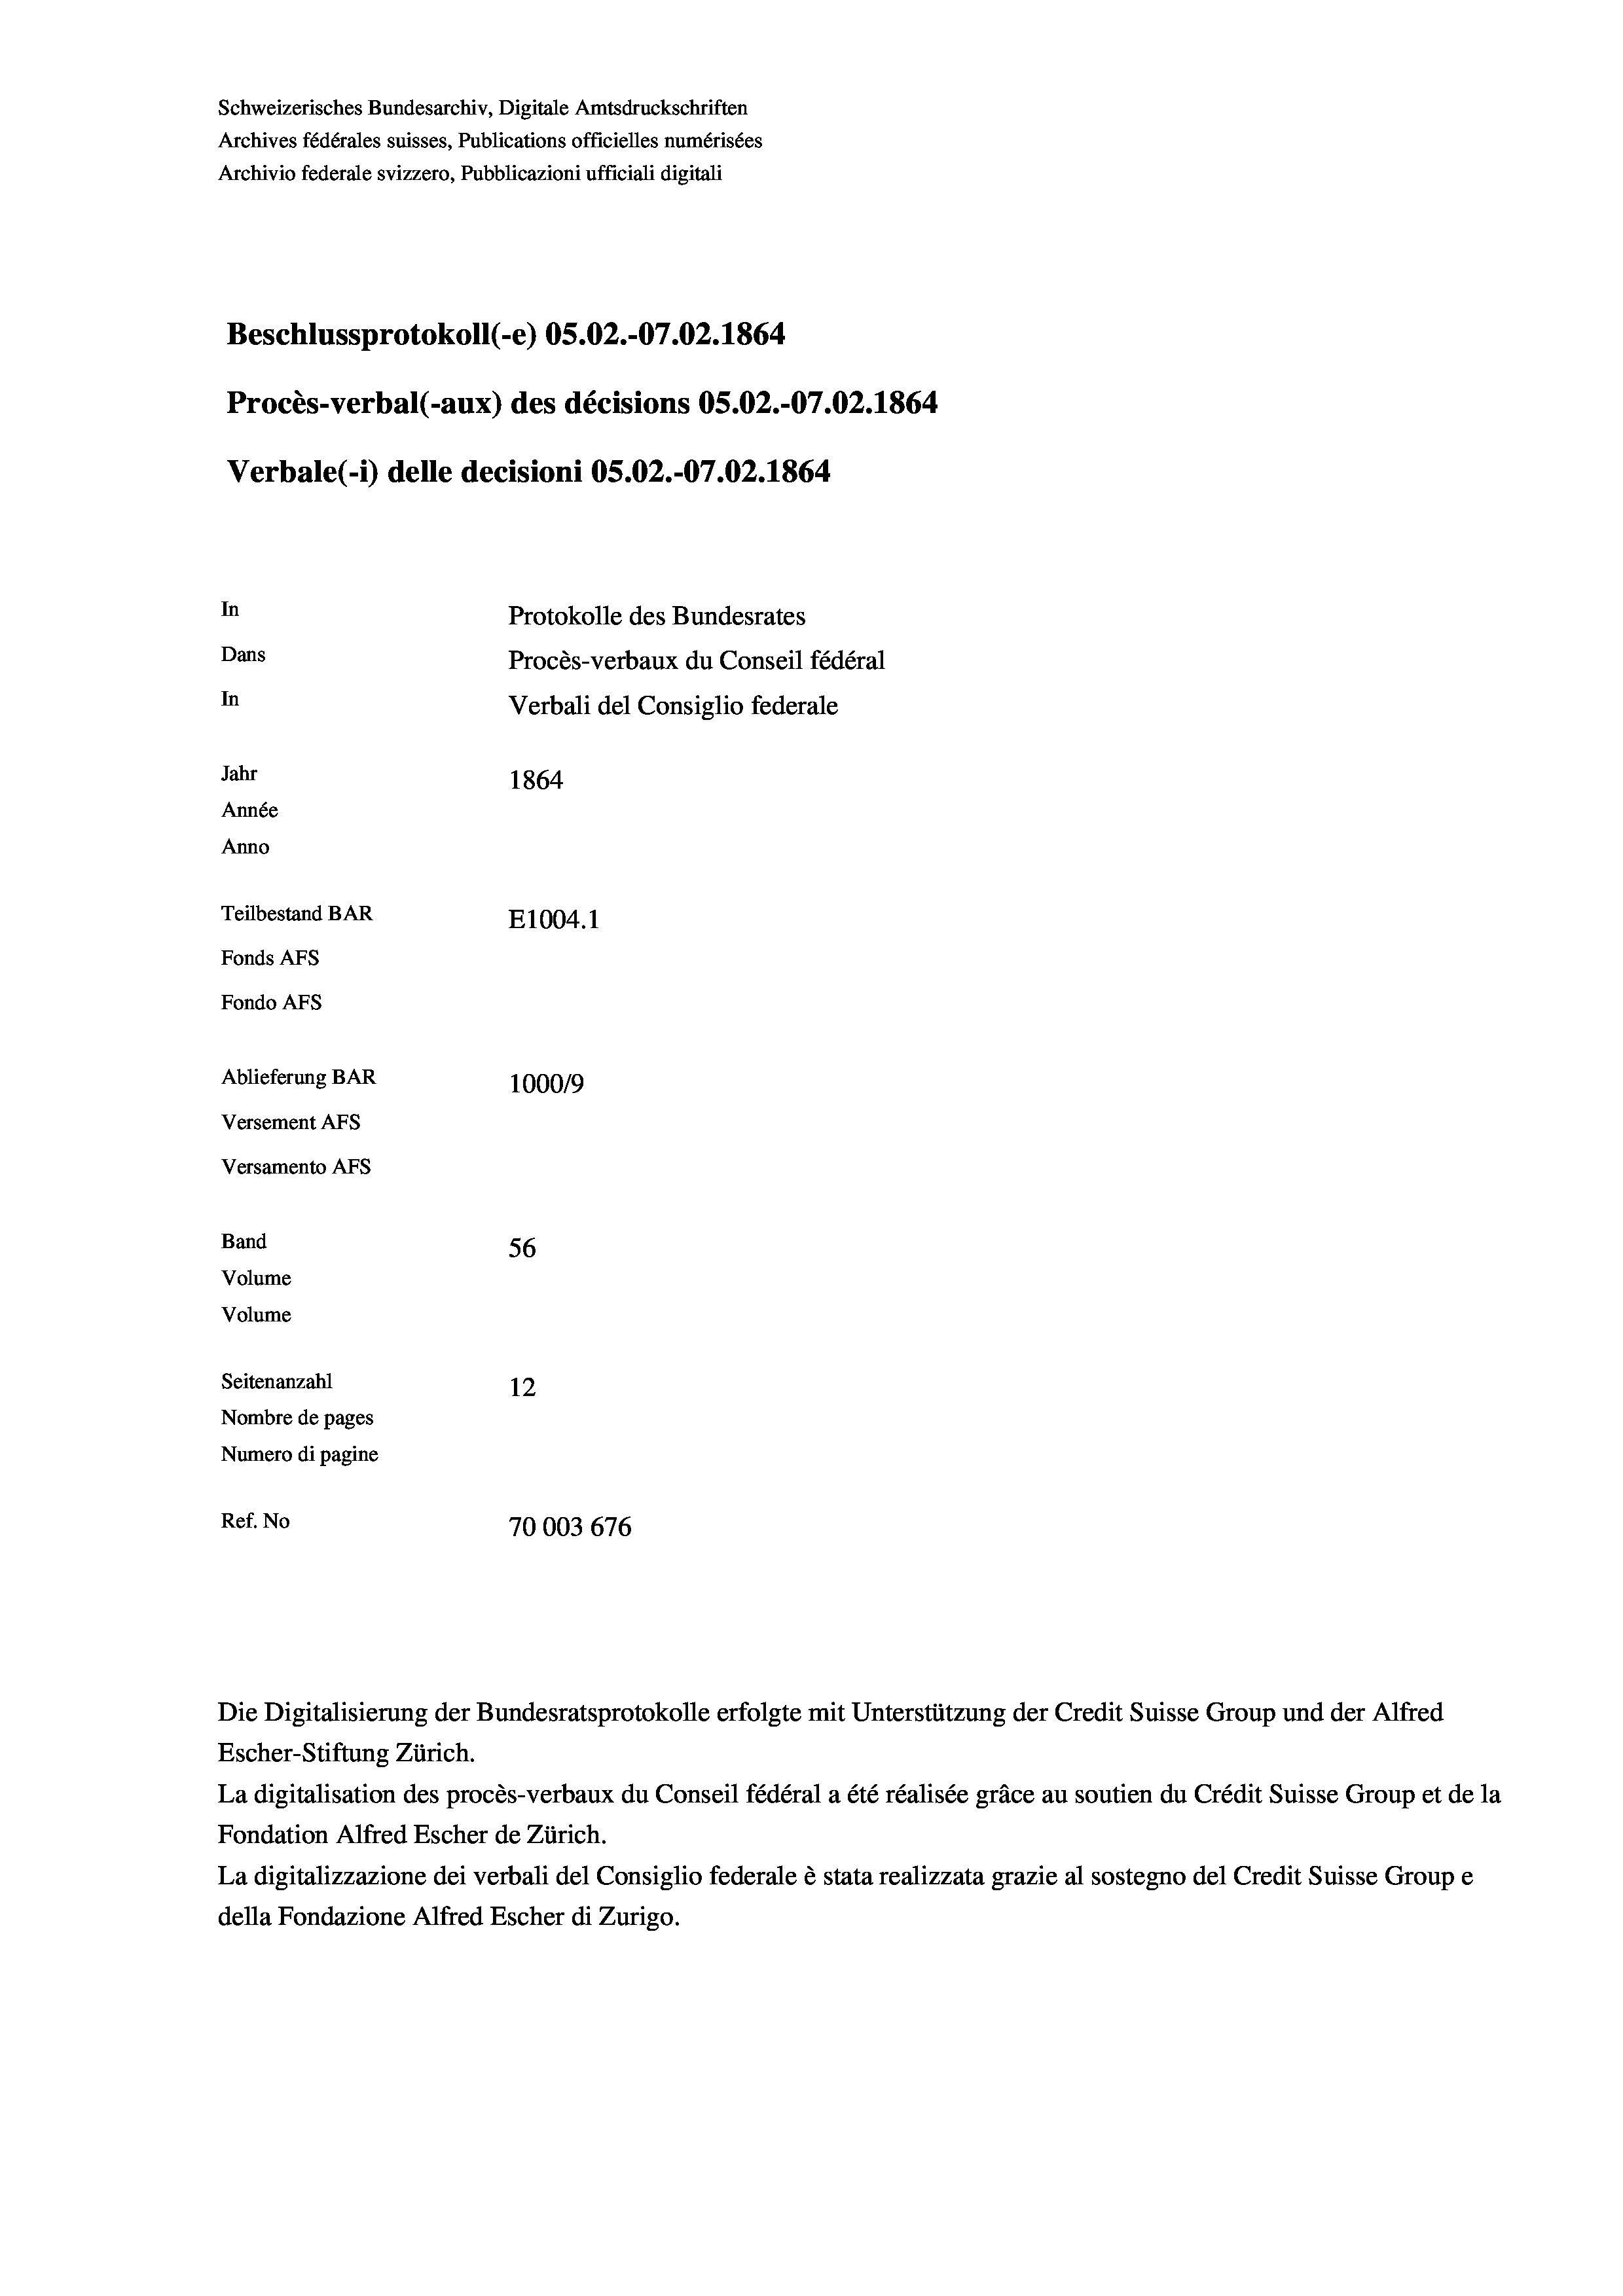
Schweizerisches Bundesarchiv, Digitale Amtsdruckschriften
Archives fédérales suisses, Publications officielles numérisées
Beschlussprotokoll (-e) 05.02.-07.02. 1864
Procès-verbal (-aux) des décisions OS.02.-07.02. 1864
Verbale (1) delle decisioni OS.02.-07.02. 1864.
In
Protokolle des Bundesrates
Dans
Procès-verbaux du Conseil fédéral
In
Verbali del Consiglio federale
Jahr
1864
Année
Anno
Teilbestand BAR
E1004.1
Fonds AFs
Fondo Afs

Ablieferung BAR
Versement AFs
Versamento AFs
Band
Volume
Volume
Seitenanzahl

Archivio federale svizzero, Pubblicazioni ufficiali digitali

100019
56
12
Nombre de pages
Numero di pagine
Ref. No
70003 676

La digitalisation des procès-verbaux du Conseil fédéral a été réalisée gräce au soutien du Crédit Suisse Group et de la
Fondation Alfred Escher de Zürich.
La digitalizzazione dei verbali del Consiglio federale è stata realizzata grazie al sostegno del Credit Suisse Groupe
della Fondazione Alfred Escher di Zurigo.

Die Digitalisierung der Bundesratsprotokolle erfolgte mit Unterstützung der Credit Suisse Group und der Alfred
Escher-Stiftung Zürich.